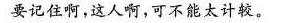
要记住啊，这人啊，可不能太计较。